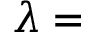
\lambda =